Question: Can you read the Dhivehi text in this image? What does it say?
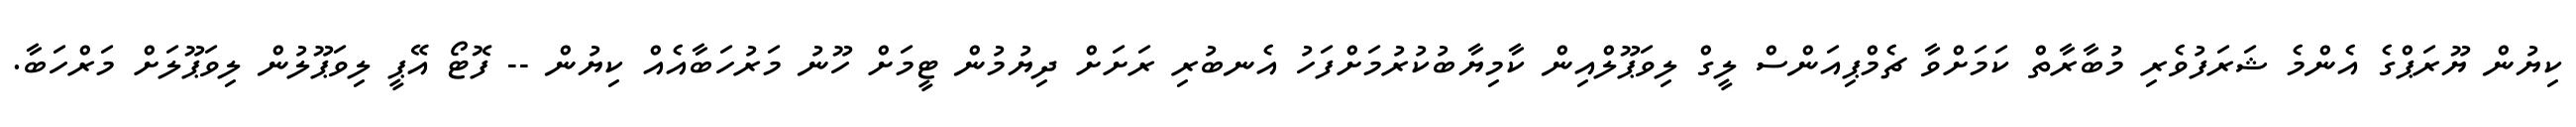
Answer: ކިޔުން ޔޫރަޕްގެ އެންމެ ޝަރަފުވެރި މުބާރާތް ކަމަށްވާ ޗެމްޕިއަންސް ލީގް ލިވަޕޫލްއިން ކާމިޔާބުކުރުމަށްފަހު އެނބުރި ރަށަށް ދިޔުމުން ޓީމަށް ހޫނު މަރުހަބާއެއް ކިޔުން -- ފޮޓޯ އޭޕީ ލިވަޕޫލުން ލިވަޕޫލަށް މަރްހަބާ.